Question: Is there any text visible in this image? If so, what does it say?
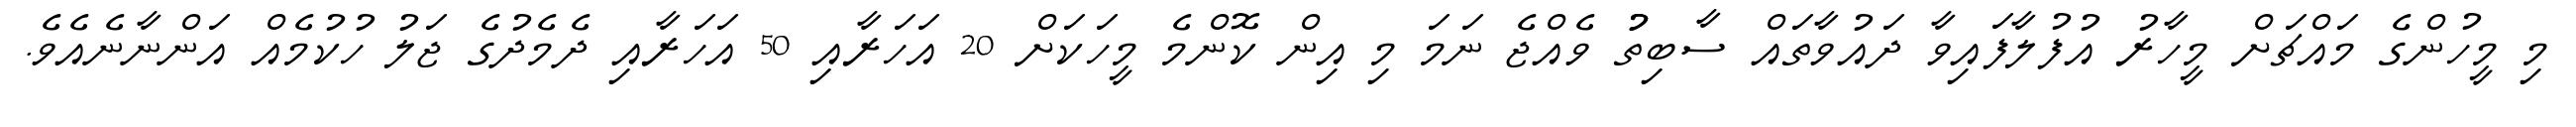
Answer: މި މީހުންގެ މައްޗަށް މީހާރު އުފުލާފައިވާ ދައުވާތައް ސާބިތުު ވެއްޖެ ނަމަ މި އިން ކޮންމެ މީހަކަށް 20 އަހަރާއި 50 އަހަރާއި ދެމެދުގެ ޖަލު ހުކުމެއް އަންނާނެއެވެ.